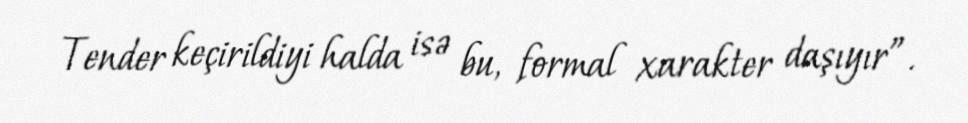
Tender keçirildiyi halda isə bu, formal xarakter daşıyır”.